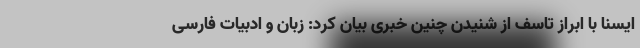
ایسنا با ابراز تاسف از شنیدن چنین خبری بیان کرد:‌ زبان و ادبیات فارسی